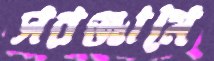
সরঞ্জামে